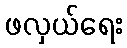
ဖလှယ်ရေး